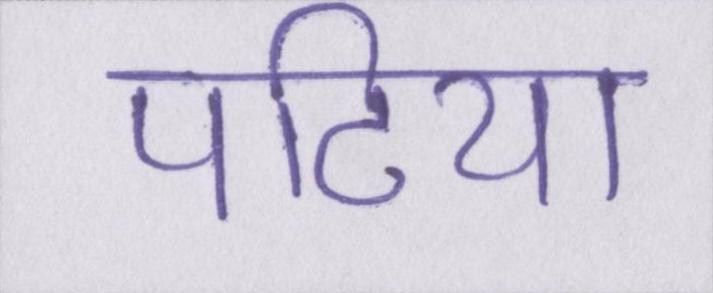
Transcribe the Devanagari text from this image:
पटिया